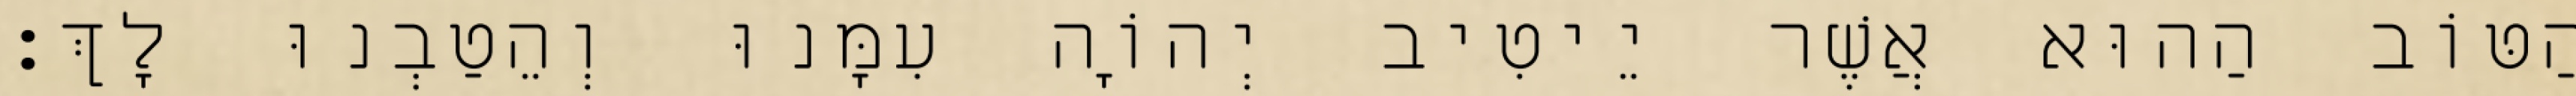
הַטּוֹב הַהוּא אֲשֶׁר יֵיטִיב יְהוָֹה עִמָּנוּ וְהֵטַבְנוּ לָךְ׃